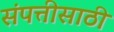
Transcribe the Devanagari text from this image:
संपत्तीसाठी